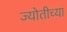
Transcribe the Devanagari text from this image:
ज्योतीच्या